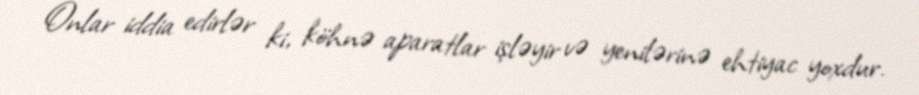
Onlar iddia edirlər ki, köhnə aparatlar işləyir və yenilərinə ehtiyac yoxdur.